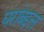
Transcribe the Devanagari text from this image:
घरांबद्दल